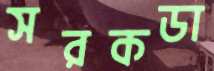
সরকডা